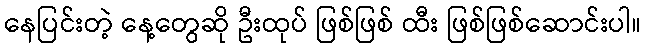
နေပြင်းတဲ့ နေ့တွေဆို ဦးထုပ် ဖြစ်ဖြစ် ထီး ဖြစ်ဖြစ်ဆောင်းပါ။